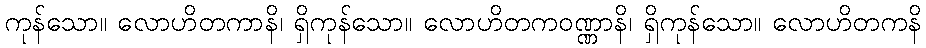
ကုန်သော။ လောဟိတကာနိ၊ ရှိကုန်သော။ လောဟိတကဝဏ္ဏာနိ၊ ရှိကုန်သော။ လောဟိတကနိ